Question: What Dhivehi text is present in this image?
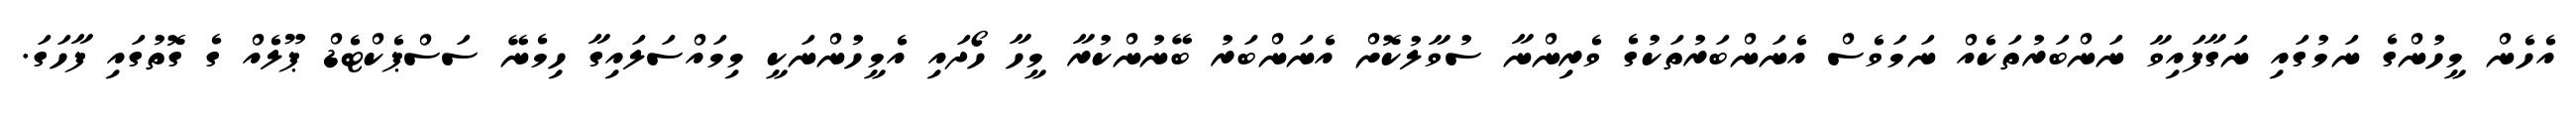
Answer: އެހެން މީހުންގެ ނަމުގައި ނަގާފައިވާ ނަންބަރުތަކެއް ނަމަވެސް އެނަންބަރުތަކުގެ ވެރިންނާ ސުވާލުކޮށް އެނަންބަރު ބޭނުންކުރާ މީހާ ހޯދައި އެމީހުންނަކީ މިމައްސަލައިގާ ހިމެނޭ ސަސްޕެކްޓެޑް ޕޫލެއް ގެ ގޮތުގައި ފާހަގަ.